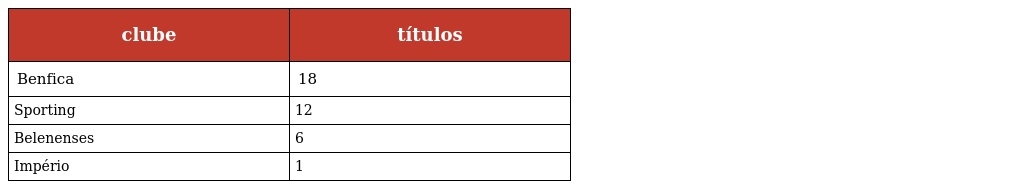
| clube | títulos |
 | --- | --- |
 | Benfica | 18 |
 | Sporting | 12 |
 | Belenenses | 6 |
 | Império | 1 |